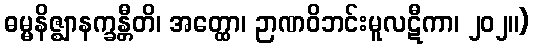
ဓမ္မနိဇ္ဈာနက္ခန္တီတိ၊ အတ္ထော၊ ဉာဏဝိဘင်းမူလဋီကာ၊ ၂၀၂။)